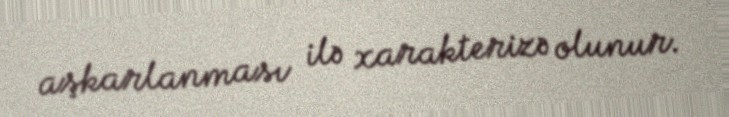
aşkarlanması ilə xarakterizə olunur.